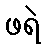
ဖရဲ